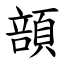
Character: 䫓